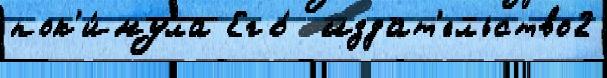
пок'и́нула Его́  издат'ельство2